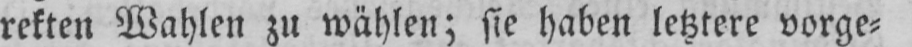
rekten Wahlen zu wählen; sie haben letztere vorge⸗